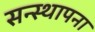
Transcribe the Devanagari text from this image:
सन्स्थापना